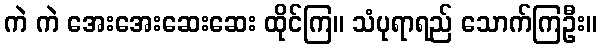
ကဲ ကဲ အေးအေးဆေးဆေး ထိုင်ကြ။ သံပုရာရည် သောက်ကြဦး။